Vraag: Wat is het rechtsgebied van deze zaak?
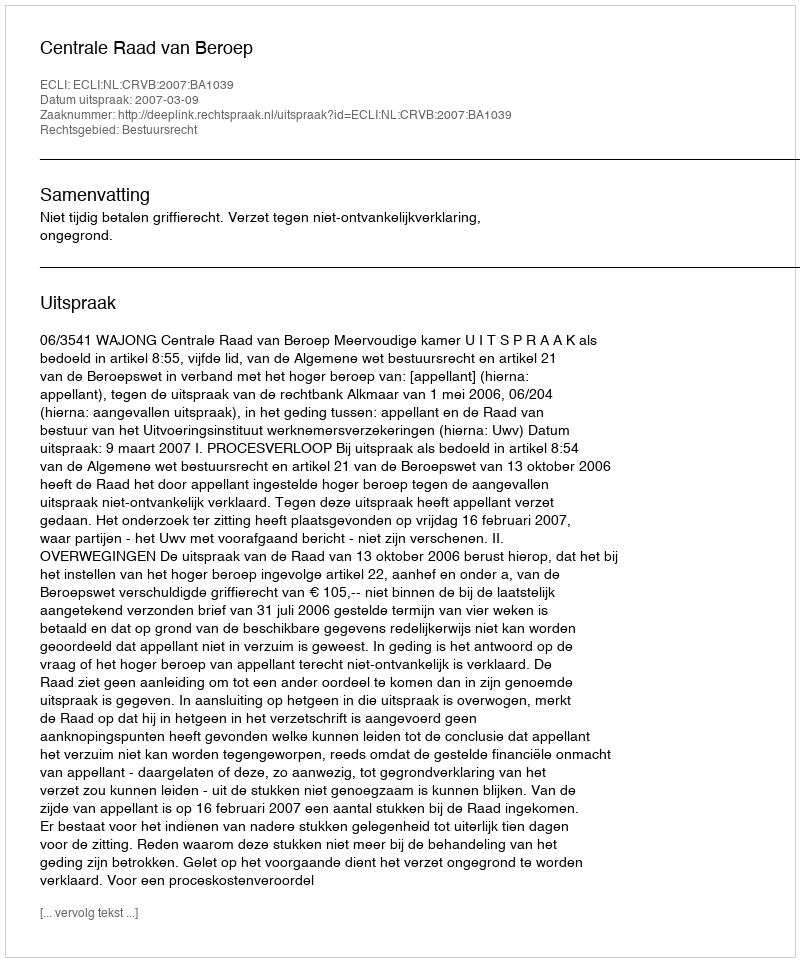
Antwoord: Bestuursrecht